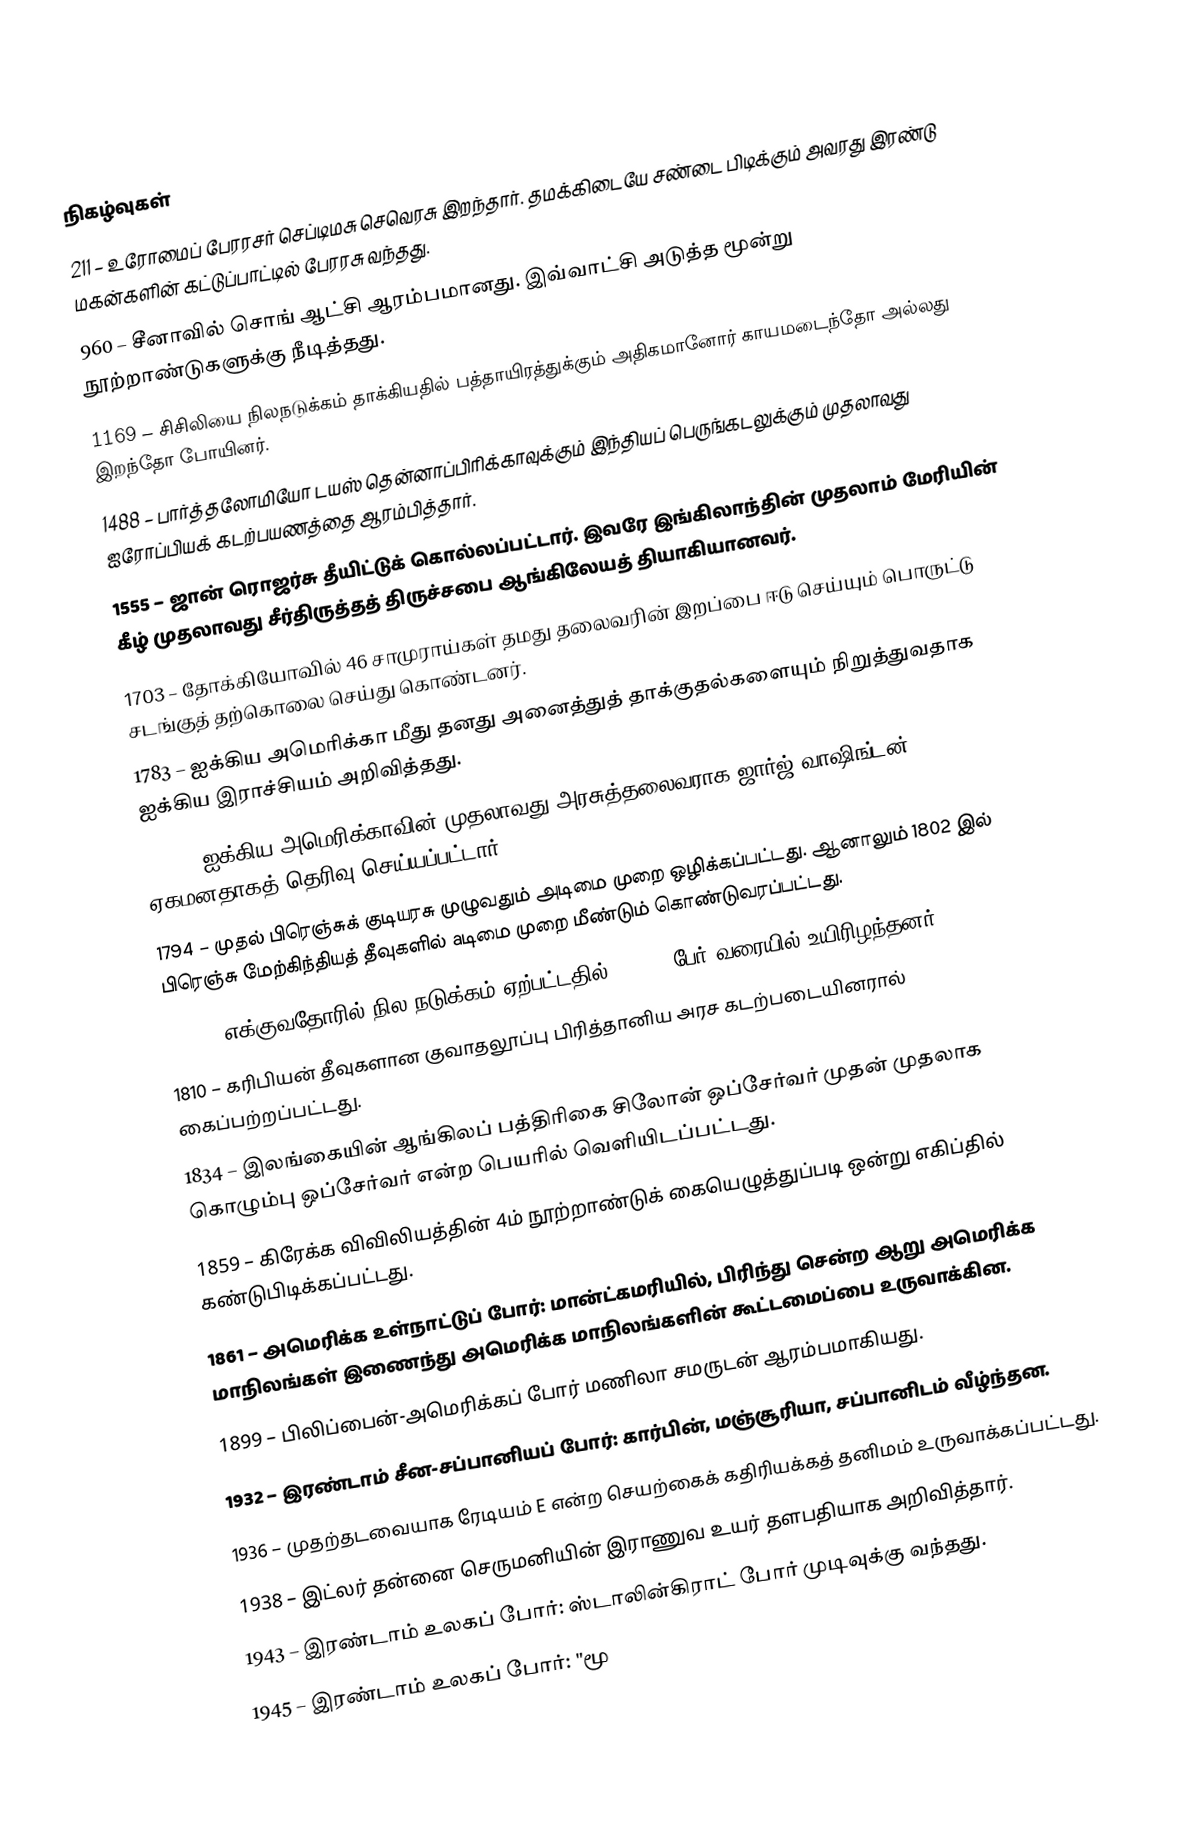

நிகழ்வுகள்
 211 – உரோமைப் பேரரசர் செப்டிமசு செவெரசு இறந்தார். தமக்கிடையே சண்டை பிடிக்கும் அவரது இரண்டு மகன்களின் கட்டுப்பாட்டில் பேரரசு வந்தது.
 960 – சீனாவில் சொங் ஆட்சி ஆரம்பமானது. இவ்வாட்சி அடுத்த மூன்று நூற்றாண்டுகளுக்கு நீடித்தது.
1169 – சிசிலியை நிலநடுக்கம் தாக்கியதில் பத்தாயிரத்துக்கும் அதிகமானோர் காயமடைந்தோ அல்லது இறந்தோ போயினர்.
1488 – பார்த்தலோமியோ டயஸ் தென்னாப்பிரிக்காவுக்கும் இந்தியப் பெருங்கடலுக்கும் முதலாவது ஐரோப்பியக் கடற்பயணத்தை ஆரம்பித்தார்.
1555 – ஜான் ரொஜர்சு தீயிட்டுக் கொல்லப்பட்டார். இவரே இங்கிலாந்தின் முதலாம் மேரியின் கீழ் முதலாவது சீர்திருத்தத் திருச்சபை ஆங்கிலேயத் தியாகியானவர்.
1703 – தோக்கியோவில் 46 சாமுராய்கள் தமது தலைவரின் இறப்பை ஈடு செய்யும் பொருட்டு சடங்குத் தற்கொலை செய்து கொண்டனர்.
1783 – ஐக்கிய அமெரிக்கா மீது தனது அனைத்துத் தாக்குதல்களையும் நிறுத்துவதாக ஐக்கிய இராச்சியம் அறிவித்தது.
1789 – ஐக்கிய அமெரிக்காவின் முதலாவது அரசுத்தலைவராக ஜார்ஜ் வாஷிங்டன் ஏகமனதாகத் தெரிவு செய்யப்பட்டார்.
1794 – முதல் பிரெஞ்சுக் குடியரசு முழுவதும் அடிமை முறை ஒழிக்கப்பட்டது. ஆனாலும் 1802 இல் பிரெஞ்சு மேற்கிந்தியத் தீவுகளில் aடிமை முறை மீண்டும் கொண்டுவரப்பட்டது.
1797 – எக்குவதோரில் நில நடுக்கம் ஏற்பட்டதில் 40,000 பேர் வரையில் உயிரிழந்தனர்.
1810 – கரிபியன் தீவுகளான குவாதலூப்பு பிரித்தானிய அரச கடற்படையினரால் கைப்பற்றப்பட்டது.
1834 – இலங்கையின் ஆங்கிலப் பத்திரிகை சிலோன் ஒப்சேர்வர் முதன் முதலாக கொழும்பு ஒப்சேர்வர் என்ற பெயரில் வெளியிடப்பட்டது.
1859 – கிரேக்க விவிலியத்தின் 4ம் நூற்றாண்டுக் கையெழுத்துப்படி ஒன்று எகிப்தில் கண்டுபிடிக்கப்பட்டது.
1861 – அமெரிக்க உள்நாட்டுப் போர்: மான்ட்கமரியில், பிரிந்து சென்ற ஆறு அமெரிக்க மாநிலங்கள் இணைந்து அமெரிக்க மாநிலங்களின் கூட்டமைப்பை உருவாக்கின.
1899 – பிலிப்பைன்-அமெரிக்கப் போர் மணிலா சமருடன் ஆரம்பமாகியது.
1932 – இரண்டாம் சீன-சப்பானியப் போர்: கார்பின், மஞ்சூரியா, சப்பானிடம் வீழ்ந்தன.
1936 – முதற்தடவையாக ரேடியம் E என்ற செயற்கைக் கதிரியக்கத் தனிமம் உருவாக்கப்பட்டது.
1938 – இட்லர் தன்னை செருமனியின் இராணுவ உயர் தளபதியாக அறிவித்தார்.
1943 – இரண்டாம் உலகப் போர்: ஸ்டாலின்கிராட் போர் முடிவுக்கு வந்தது.
1945 – இரண்டாம் உலகப் போர்: "மூ